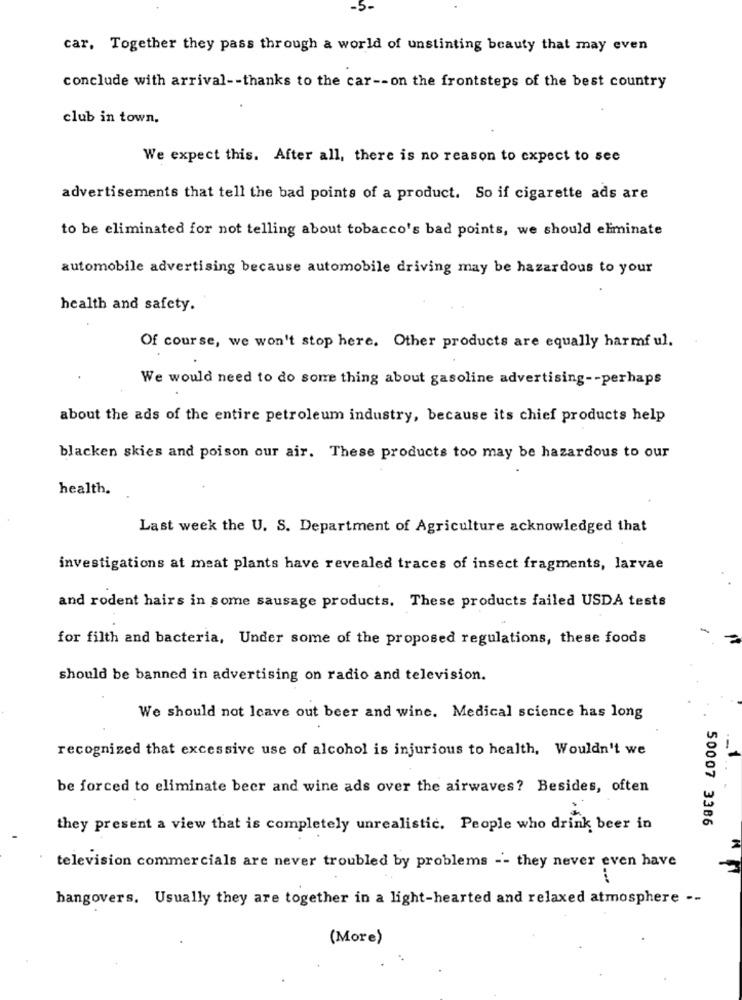
-5-
car, Together they pass through a world of unstinting beauty that may even
conclude with arrival -- thanks to the car -- on the frontsteps of the best country
club in town,
We expect this. After all, there is no reason to expect to see
advertisements that tell the bad points of a product. So if cigarette ads are
to be eliminated for not telling about tobacco's bad points, we should eliminate
automobile advertising because automobile driving may be hazardous to your
health and safety.
Of course, we won't stop here. Other products are equally harmful.
We would need to do some thing about gasoline advertising -- perhaps
about the ads of the entire petroleum industry, because its chief products help
blacken skies and poison our air. These products too may be hazardous to our
health.
Last week the U. S. Department of Agriculture acknowledged that
investigations at meat plants have revealed traces of insect fragments, larvae
and rodent hairs in some sausage products. These products failed USDA tests
for filth and bacteria, Under some of the proposed regulations, these foods
should be banned in advertising on radio and television.
We should not leave out beer and wine. Medical science has long
recognized that excessive use of alcohol is injurious to health, Wouldn't we
be forced to eliminate beer and wine ads over the airwaves? Besides, often
50007 3386
they present a view that is completely unrealistic. People who drink beer in
television commercials are never troubled by problems -- they never even have
hangovers. Usually they are together in a light-hearted and relaxed atmosphere --
(More)